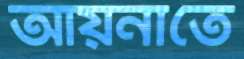
আয়নাতে